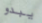
يبدو